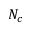
N _ { c }